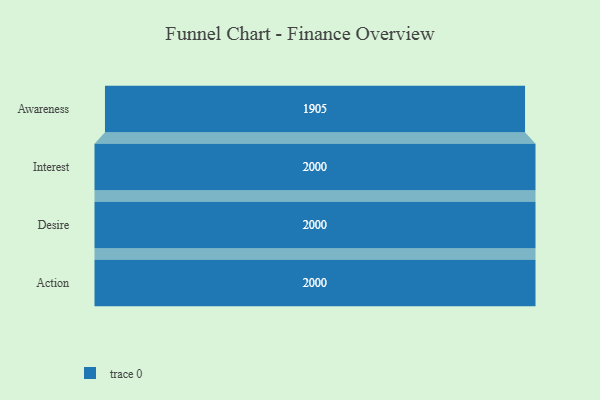
{"axis": {"x": "Stage", "y": "Value"}, "legend": [""], "data": [{"x": "Awareness", "y": 1905.0, "type": ""}, {"x": "Interest", "y": 2000, "type": ""}, {"x": "Desire", "y": 2000, "type": ""}, {"x": "Action", "y": 2000, "type": ""}]}